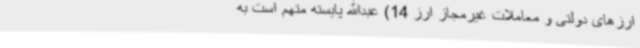
ارزهای دولتی و معاملات غیرمجاز ارز 14) عبدالله پایسته متهم است به